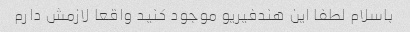
باسلام لطفا این هندفیریو موجود کنید واقعا لازمش دارم